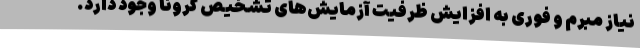
نیاز مبرم و فوری به افزایش ظرفیت آزمایش‌های تشخیص کرونا وجود دارد.